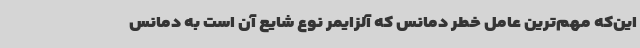
این‌که مهم‌ترین عامل خطر دمانس که آلزایمر نوع شایع آن است به دمانس